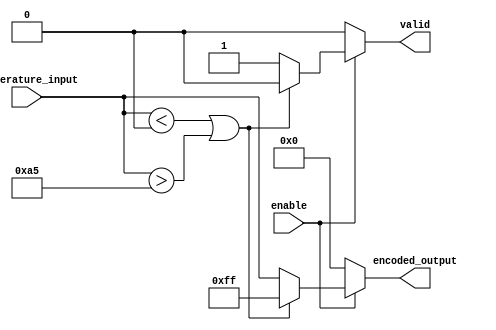
module thermal_encoder (
    input  wire [7:0] temperature_input, // 8-bit input representing temperature
    input  wire enable,                   // Enable signal
    output reg  [7:0] encoded_output,     // 8-bit output for encoded temperature
    output reg  valid                     // Output validity signal
);

// Define temperature range constants
localparam TEMP_MIN = 8'd0;       // Corresponds to -40C
localparam TEMP_MAX = 8'd165;     // Corresponds to 125C (assuming 1C = 1 unit)
localparam ERROR_CODE = 8'b11111111; // Error code for out of range

// Combinational logic for encoding
always @(*) begin
    if (!enable) begin
        // If not enabled, output should be zero and invalid
        encoded_output = 8'b00000000;
        valid = 1'b0;
    end else begin
        // Check if input temperature is within the defined range
        if (temperature_input < TEMP_MIN || temperature_input > TEMP_MAX) begin
            // Set output to error code if out of range
            encoded_output = ERROR_CODE;
            valid = 1'b0;
        end else begin
            // Valid input, directly map input to output
            encoded_output = temperature_input; // Simple direct mapping
            valid = 1'b1; // Mark output as valid
        end
    end
end

endmodule